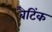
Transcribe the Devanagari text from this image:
बैटिंक